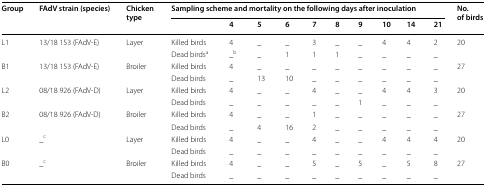
| <ROWSPAN=2> Group | <ROWSPAN=2> FAdV strain (species) | <ROWSPAN=2> Chicken type | <COLSPAN=10> Sampling scheme and mortality on the following days after inoculation | <ROWSPAN=2> No. of birds |
 |  | 4 | 5 | 6 | 7 | 8 | 9 | 10 | 14 | 21 |
 | --- | --- | --- | --- | --- | --- | --- | --- | --- | --- | --- | --- | --- | --- |
 | <ROWSPAN=2> L1 | <ROWSPAN=2> 13/18 153 (FAdV-E) | <ROWSPAN=2> Layer | Killed birds | 4 | _ | _ | 3 | _ | _ | 4 | 4 | 2 | <ROWSPAN=2> 20 |
 | Dead birdsa | _b | _ | 1 | 1 | 1 | _ | _ | _ | _ |
 | <ROWSPAN=2> B1 | <ROWSPAN=2> 13/18 153 (FAdV-E) | <ROWSPAN=2> Broiler | Killed birds | 4 | _ | _ | _ | _ | _ | _ | _ | _ | <ROWSPAN=2> 27 |
 | Dead birds | _ | 13 | 10 | _ | _ | _ | _ | _ | _ |
 | <ROWSPAN=2> L2 | <ROWSPAN=2> 08/18 926 (FAdV-D) | <ROWSPAN=2> Layer | Killed birds | 4 | _ | _ | 4 | _ | _ | 4 | 4 | 3 | <ROWSPAN=2> 20 |
 | Dead birds | _ | _ | _ | _ | _ | 1 | _ | _ | _ |
 | <ROWSPAN=2> B2 | <ROWSPAN=2> 08/18 926 (FAdV-D) | <ROWSPAN=2> Broiler | Killed birds | 4 | _ | _ | 1 | _ | _ | _ | _ | _ | <ROWSPAN=2> 27 |
 | Dead birds | _ | 4 | 16 | 2 | _ | _ | _ | _ | _ |
 | <ROWSPAN=2> L0 | <ROWSPAN=2> _c | <ROWSPAN=2> Layer | Killed birds | 4 | _ | _ | 4 | _ | _ | 4 | 4 | 4 | <ROWSPAN=2> 20 |
 | Dead birds | _ | _ | _ | _ | _ | _ | _ | _ | _ |
 | <ROWSPAN=2> B0 | <ROWSPAN=2> _c | <ROWSPAN=2> Broiler | Killed birds | 4 | _ | _ | 5 | _ | 5 | _ | 5 | 8 | <ROWSPAN=2> 27 |
 | Dead birds | _ | _ | _ | _ | _ | _ | _ | _ | _ |